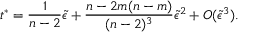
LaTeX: t ^ { \ast } = { \frac { 1 } { n - 2 } } \tilde { \epsilon } + { \frac { n - 2 m ( n - m ) } { ( n - 2 ) ^ { 3 } } } \tilde { \epsilon } ^ { 2 } + O ( \tilde { \epsilon } ^ { 3 } ) .